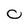
Character: 0